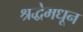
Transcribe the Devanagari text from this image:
श्रद्धेमधून